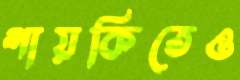
গায়কিতেও